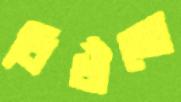
বিধাঁনো